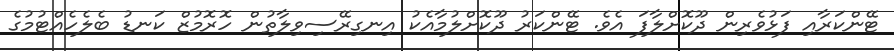
ޓޭންކަރާއި ފަޅުވެރިން ދޫކޮށްލާފަ އެވެ. ޓޭންކަރު ދޫކޮށްލުމާއެކު އިނގިރޭސިވިލާތުން ހޮރޮމުޒް ކަނޑު ބެލެހެއްޓުމުގެ